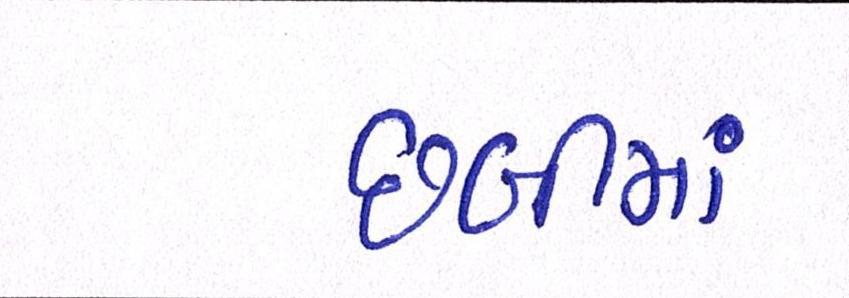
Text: છબીમાં